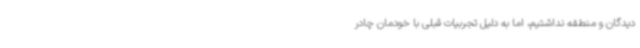
‌دیدگان و منطقه نداشتیم، اما به دلیل تجربیات قبلی با خودمان چادر